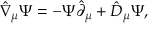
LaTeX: \hat { \nabla } _ { \mu } \Psi = - \Psi \hat { \partial } _ { \mu } + \hat { D } _ { \mu } \Psi ,